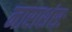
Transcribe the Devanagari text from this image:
नाराशंसः